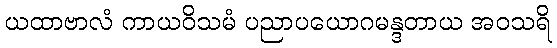
ယထာဗာလံ ကာယဝိသမံ ပညာပယောဂမန္ဒတာယ အဝသရိ